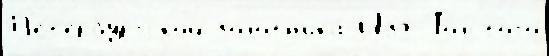
П'ет'ербу́ргской золотн'ика́ Изд То́лстого